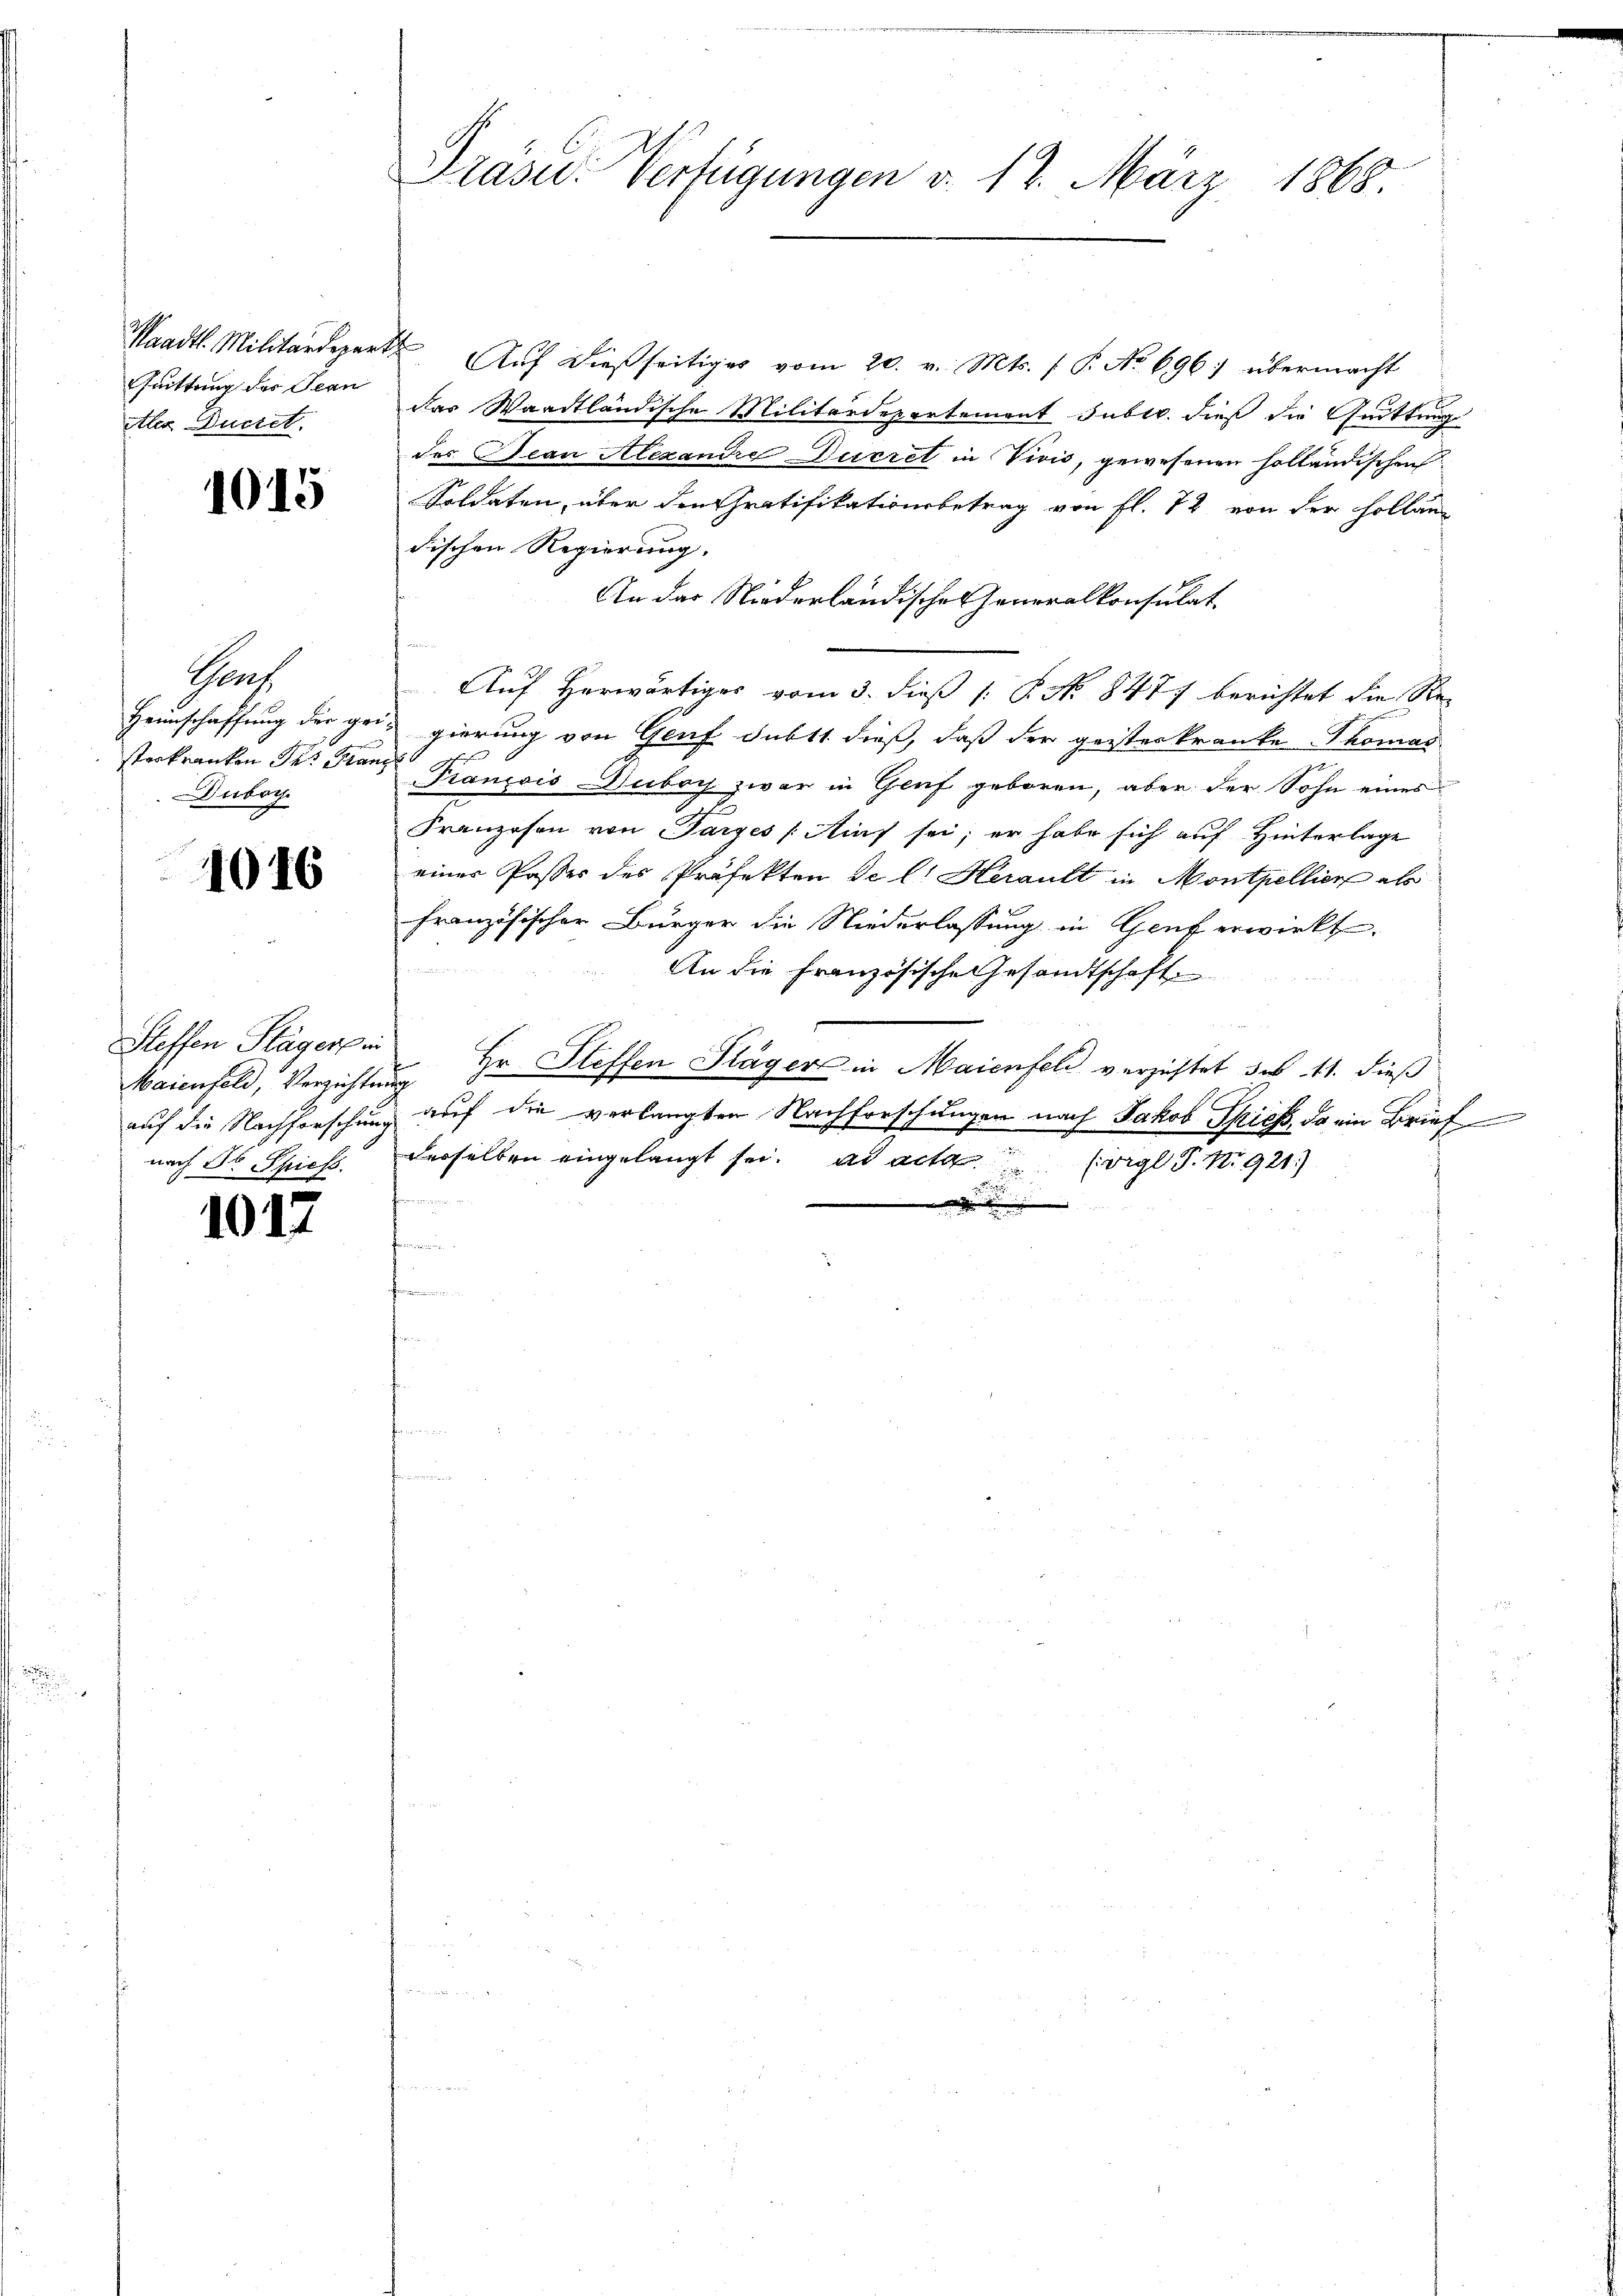
Grittung des Tean
itter Ductet.

1015

Graf
sterkranken des Kanz
Duboy

1016

Steffen Stägers in
auf die Nachforschung
nach Dr. Spiels.

10.

2

Saadtl. Militärdepart. Auf dießseitiges vom 20. v. Mts. ( P. No 696) übermacht
das Waadtländische Militärdepartement subtr. dieß die Quittung
des Jean Alexandre Decret in Vivis, gewesenen holländischen
Soldaten, über den Gratifikationsbetrag von fl. 72 von der Holländischen Regierung. |
An das Niederländisches Generalkonsulat
Auf herwärtiges vom 3. dieß P. No 8477 berichtet die Re-
Heunschaffung der geis gierung von Genf dübt1. dieß, daß der geisterkranke Thomas
Franzois-Duboy zwar in Genf geboren, aber der Sohn eines
Franzosen von Parzes (Auf sei; er habe sich auf Hinterlage
einer Passer des Präfekten de l. Herauft in Montpellier als
französischer Bürger die Niederlassung in Genf erwirkt,
 1882
An die Französische Gesandtschaft
Maienfeld, Verzichtung Hr. Steffen Stäger in Maienfeld verzichtet des 11. dieß
auf die verlangten Nachforschungen nach Jakob Spiess, da ein Brief
derselben eingelangt sei. ad acta (vgl. P. N. 921)
.
 be
f
f

Präsid. Verfügungen d. 12. März 1868.